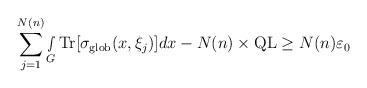
\begin{align*} \sum_{j=1}^{N(n)} \smallint\limits_{G}\textnormal{Tr}[\sigma_{\textnormal{glob}}(x,\xi_j)]dx- N(n)\times \textnormal{QL} \geq N(n)\varepsilon_0\end{align*}